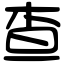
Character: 查